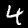
Digit: 4